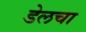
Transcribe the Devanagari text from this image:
डेलचा